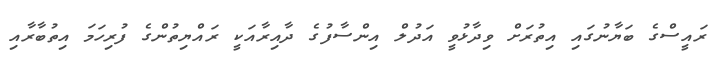
ރައީސްގެ ބަޔާނުގައި އިތުރަށް ވިދާޅުވީ އަދުލް އިންސާފުގެ ދާއިރާއަކީ ރައްޔިތުންގެ ފުރިހަމަ އިތުބާރާއި